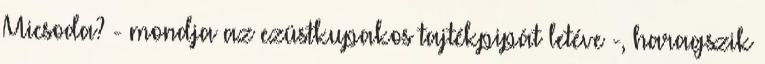
Micsoda? - mondja az ezüstkupakos tajtékpipát letéve -, haragszik